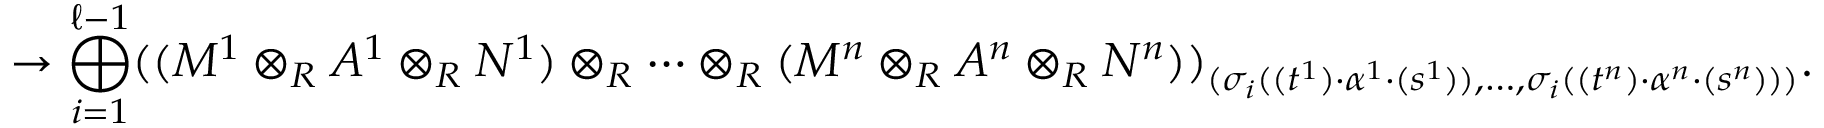
\to \bigoplus _ { i = 1 } ^ { \ell - 1 } ( ( M ^ { 1 } \otimes _ { R } A ^ { 1 } \otimes _ { R } N ^ { 1 } ) \otimes _ { R } \cdots \otimes _ { R } ( M ^ { n } \otimes _ { R } A ^ { n } \otimes _ { R } N ^ { n } ) ) _ { ( \sigma _ { i } ( ( t ^ { 1 } ) \cdot \alpha ^ { 1 } \cdot ( s ^ { 1 } ) ) , \dots , \sigma _ { i } ( ( t ^ { n } ) \cdot \alpha ^ { n } \cdot ( s ^ { n } ) ) ) } .